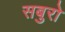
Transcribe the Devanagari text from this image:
सबुरो